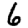
Digit: 6